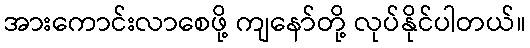
အားကောင်းလာစေဖို့ ကျနော်တို့ လုပ်နိုင်ပါတယ်။